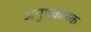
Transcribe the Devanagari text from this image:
अनुपकारक